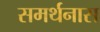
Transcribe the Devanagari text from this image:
समर्थनास